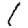
Digit: 1